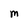
Character: M